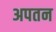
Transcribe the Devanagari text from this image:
अपतन